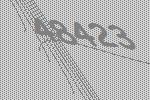
48423